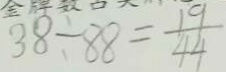
3 8 \div 8 8 = \frac { 1 9 } { 4 4 }